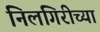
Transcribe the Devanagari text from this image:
निलगिरीच्या